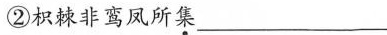
②枳棘非鸾凤所集___